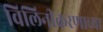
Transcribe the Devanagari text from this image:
विलिनीकरणाच्या